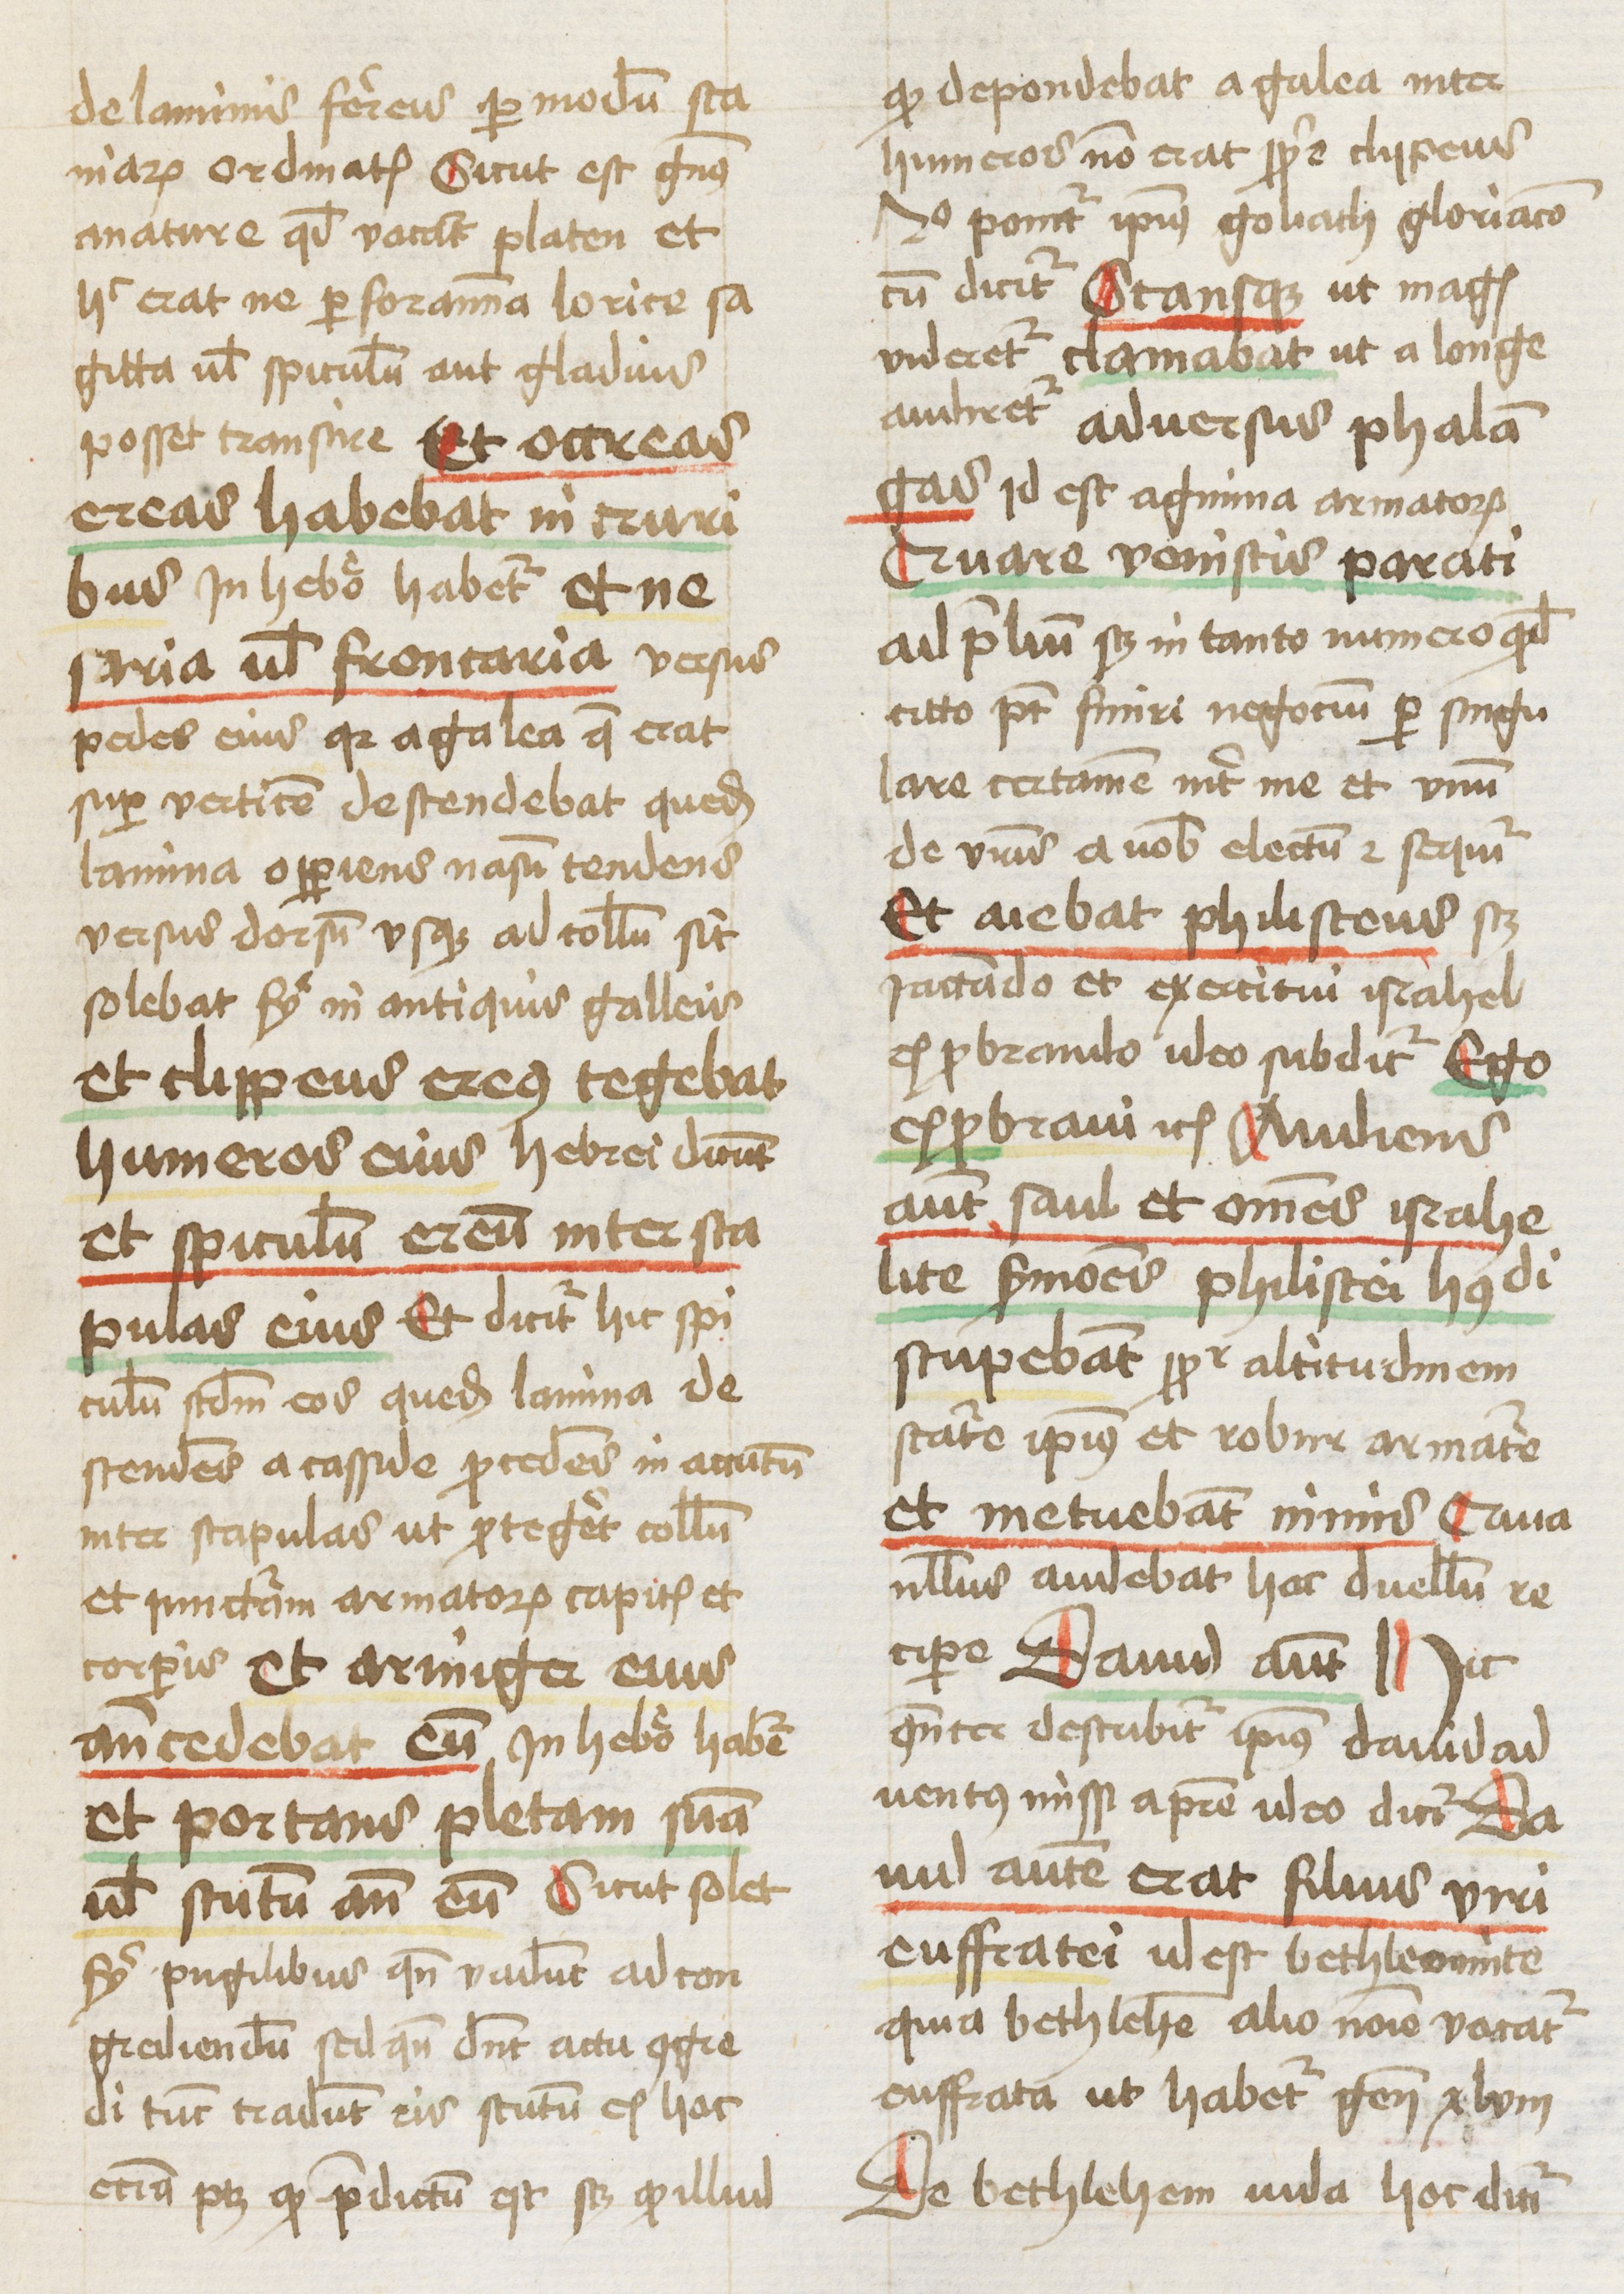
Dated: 1461–1461